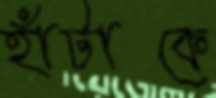
হাঁটাকে